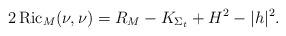
LaTeX: \begin{align*}2 \operatorname{Ric}_M (\nu, \nu) = R_{M} - K_{\Sigma_t} + H^{2} - |h|^{2}.\end{align*}